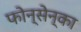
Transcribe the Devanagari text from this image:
फोन्सेन्का